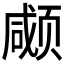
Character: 𱂱